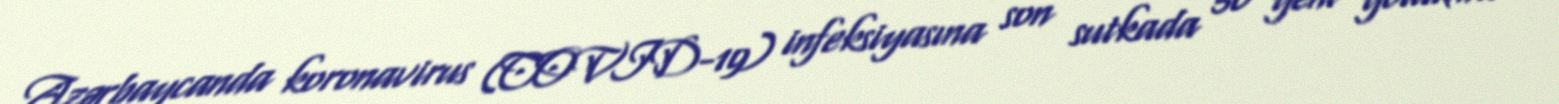
Azərbaycanda koronavirus (COVID-19) infeksiyasına son sutkada 50 yeni yoluxma